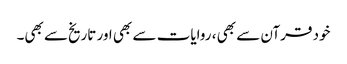
خود قرآن سے بھی ، روایات سے بھی اور تاریخ‌سے بھی۔